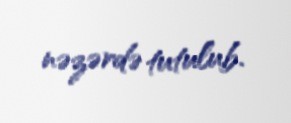
nəzərdə tutulub.